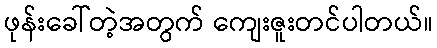
ဖုန်းခေါ်တဲ့အတွက် ကျေးဇူးတင်ပါတယ်။